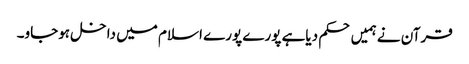
قرآن نے ہمیں حکم دیاہے پورے پورے اسلام میں داخل ہوجاو۔